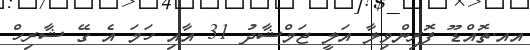
އއ.ތޮއްޑޫ ފޮރިންވިލާ އަލީ ޖަމްޝާދު 31 އާއި ހަމަ އެ ގޭ ޝާރިހް